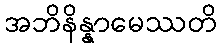
အဘိနိန္နာမေဿတိ